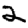
Digit: 2